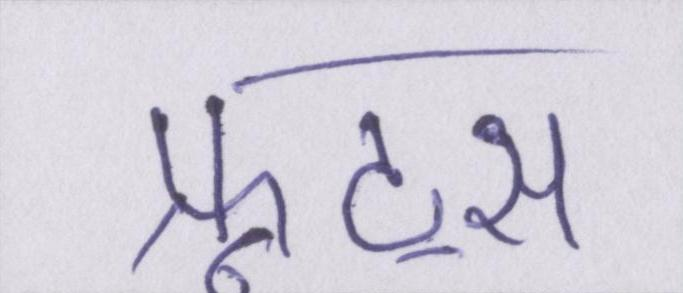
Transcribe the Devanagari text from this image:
फ्रूट्स